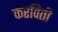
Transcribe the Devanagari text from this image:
करविती